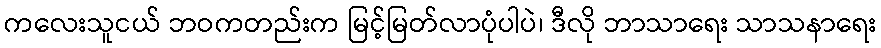
ကလေးသူငယ် ဘဝကတည်းက မြင့်မြတ်လာပုံပါပဲ၊ ဒီလို ဘာသာရေး သာသနာရေး